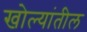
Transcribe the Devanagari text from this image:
खोल्यांतील